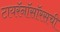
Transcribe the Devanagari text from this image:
टायरॅनॉसॉरसची